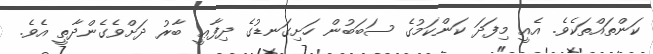
ކަންތައްތަކެވެ. އެއީ މިފަދަ ކަންކަމުގެ ސަބަބުން ހަށިގަނޑުގެ ދިފާޢީ ބާރު ދަށްވެގެންދާތީ އެވެ.